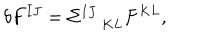
\delta F ^ { I J } = \Sigma _ { \; K L } ^ { I J } F ^ { K L } ,